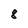
Character: 8